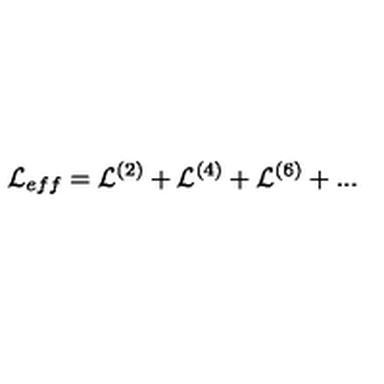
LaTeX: { \cal L } _ { e f f } = { \cal L } ^ { ( 2 ) } + { \cal L } ^ { ( 4 ) } + { \cal L } ^ { ( 6 ) } + . . .